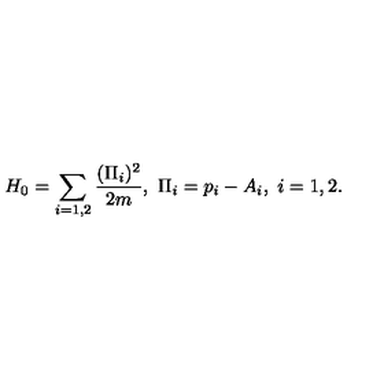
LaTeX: H _ { 0 } = \sum _ { i = 1 , 2 } { \frac { ( \Pi _ { i } ) ^ { 2 } } { 2 m } } , \ \Pi _ { i } = p _ { i } - A _ { i } , \ i = 1 , 2 .